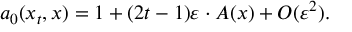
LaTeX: a _ { 0 } ( x _ { t } , x ) = 1 + ( 2 t - 1 ) \varepsilon \cdot A ( x ) + { \cal O } ( \varepsilon ^ { 2 } ) .